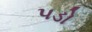
પડો